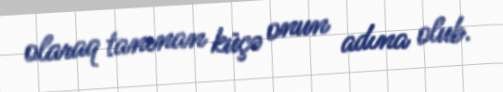
olaraq tanınan küçə onun adına olub.